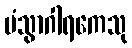
ပံသွာဂါရကေသု